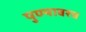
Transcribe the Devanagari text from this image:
पुण्यावरच